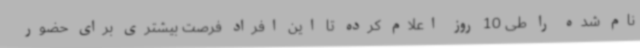
نام شده را طی 10 روز اعلام کرده تا این افراد فرصت بیشتری برای حضور